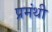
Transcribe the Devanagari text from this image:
प्रमंथी